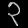
Digit: ၃